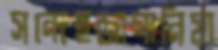
সন্দেহজাগানিয়া